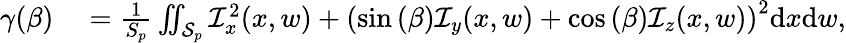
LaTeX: \begin{array}{rl}{\gamma(\beta)}&{{}=\frac{1}{S_{p}}\iint_{\mathcal{S}_{p}}\mathcal{I}_{x}^{2}(x,w)+\left(\sin{(\beta)}\mathcal{I}_{y}(x,w)+\cos{(\beta)}\mathcal{I}_{z}(x,w)\right)^{2}\mathrm{d}x\mathrm{d}w,}\end{array}